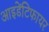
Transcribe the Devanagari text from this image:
आइडेंटिफायर